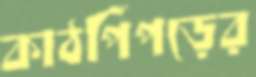
কাঠপিঁপড়ের